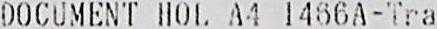
DOCUMENT HOL A4 1466A-TRA